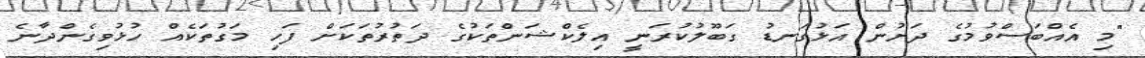
"މި އެއްބަސްވުމުގެ ދަށުން އަޅުގަނޑު ގަބޫލުކުރަނީ އިލެކްޝަންތަކުގެ ދަތުރުތަކަށް ފަހި މަގުތަކެއް ހުޅުވިގެންދާނެ